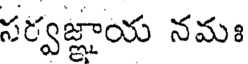
సర్వజ్ఞాయ నమః